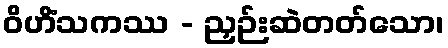
ဝိဟိံသကဿ - ညှဉ်းဆဲတတ်သော၊